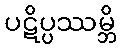
ပဋိပ္ပဿမ္ဘိ